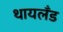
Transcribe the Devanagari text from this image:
थायलँड